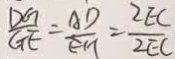
\frac { D G } { G E } = \frac { A D } { E H } = \frac { 2 E C } { 2 E C }